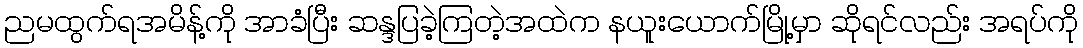
ညမထွက်ရအမိန့်ကို အာခံပြီး ဆန္ဒပြခဲ့ကြတဲ့အထဲက နယူးယောက်မြို့မှာ ဆိုရင်လည်း အရပ်ကို